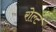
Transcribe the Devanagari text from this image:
रोल्ट